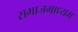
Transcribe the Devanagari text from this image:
समाजमाध्यम